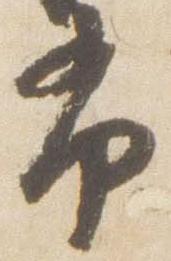
布